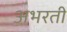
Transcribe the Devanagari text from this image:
अभरती